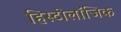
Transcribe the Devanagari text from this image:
हिस्टोलॉजिक